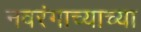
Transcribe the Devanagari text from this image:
नवरंगाच्याच्या